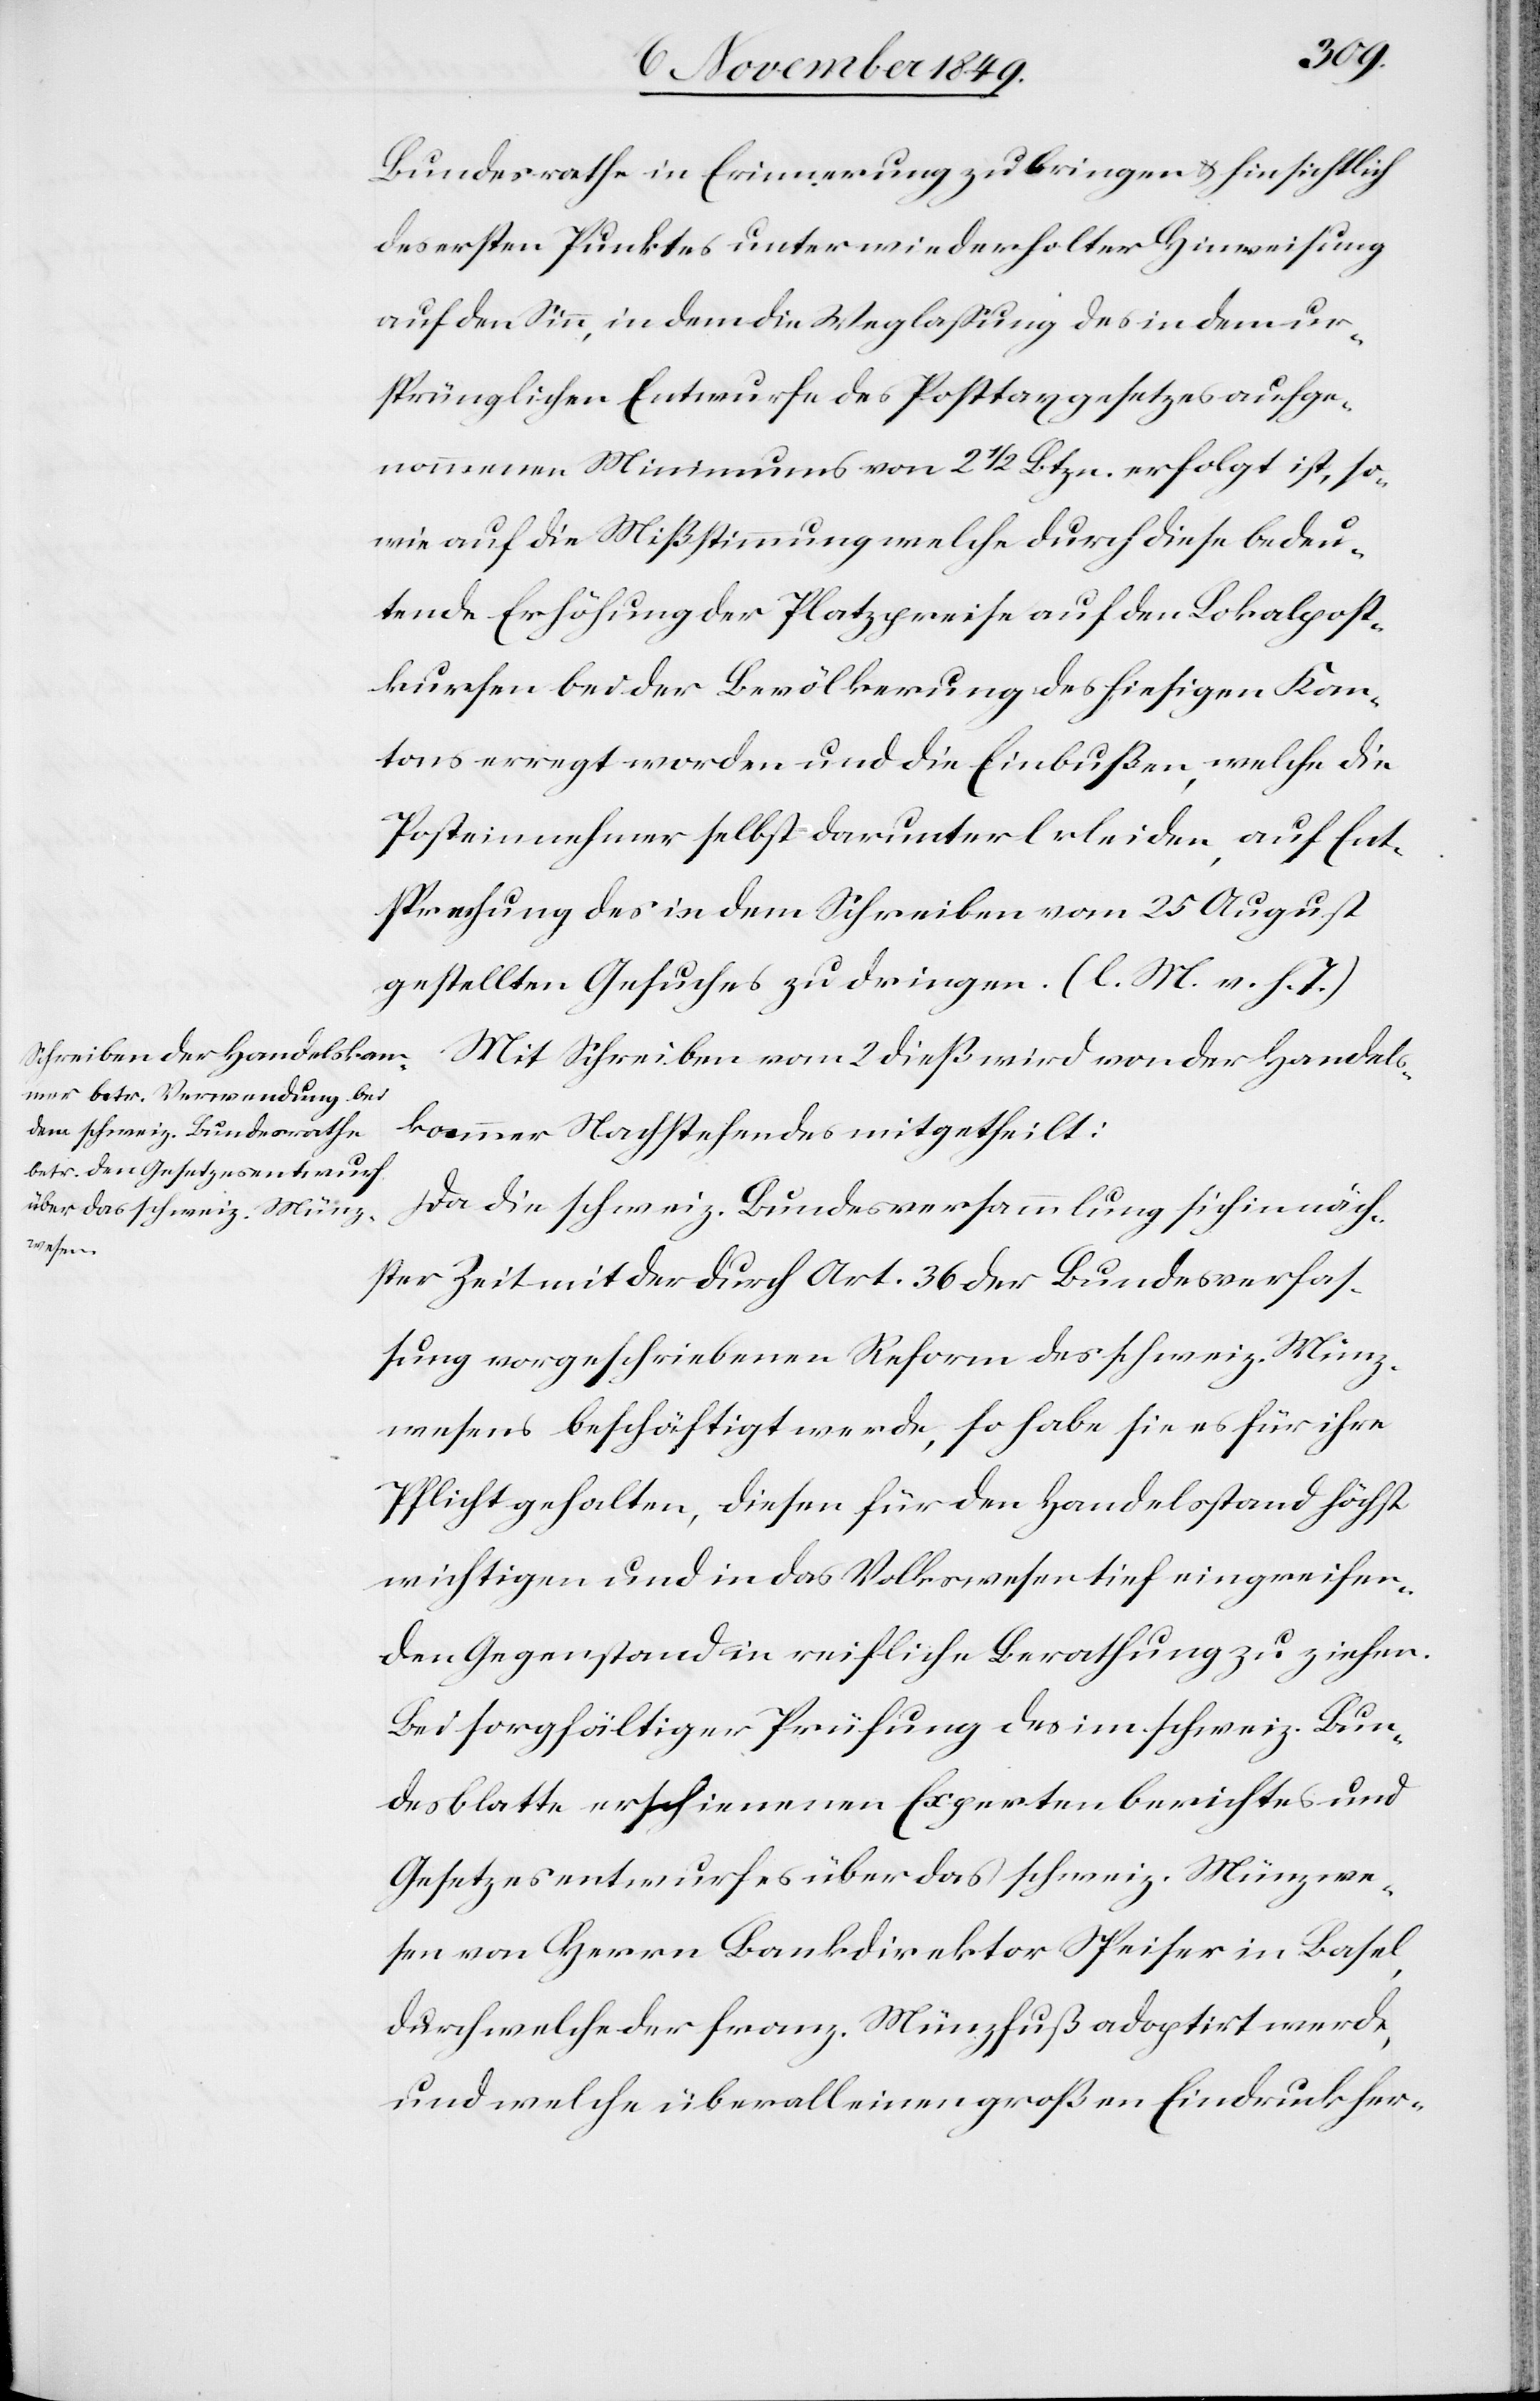
Bundesrathe in Erinnerung zu bringen u. hinsichtlich
des ersten Punktes unter wiederholter Hinweisung
auf den Sinn, in dem die Weglaßung des in dem ur¬
sprünglichen Entwurfe des Posttaxgesetzes aufge¬
nommenen Minimums von 2 1/2 Btzn. erfolgt ist, so¬
wie auf die Mißstimmung welche durch diese bedeu¬
tende Erhöhung der Platzpreise auf den Lokalpost¬
kursen bei der Bevölkerung des hiesigen Kan¬
tons erregt worden und die Einbußen, welche die
Posteinnehmer selbst darunter erleiden, auf Ent¬
sprechung des in dem Schreiben vom 25 August
gestellten Gesuches zu dringen. [l. M. v. h. T]
Mit Schreiben vom 2 dieß wird von der Handels¬
kammer Nachstehendes mitgetheilt:
Da die schweiz. Bundesversammlung sich in möglich¬
ster Zeit mit der durch Art. 36 der Bundesverfaß¬
ung vorgeschriebenen Reform des schweiz. Münz¬
wesens beschäftigt werde, so habe sie es für ihre
Pflicht gehalten, diesen für den Handelsstand höchst
wichtigen und in das Volkswesen tief eingreifen¬
den Gegenstand in reifliche Berathung zu ziehen.
Bei sorgfältiger Prüfung des im schweiz. Bun¬
desblatte erschienen Expertenberichtes und
Gesetzesentwurfes über das schweiz. Münzwe¬
sen von Herrn Bankdirektor Speiser in Basel,
durch welche der franz. Münzfuß adoptirt werde,
und welche überall einen großen Eindruck her-